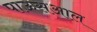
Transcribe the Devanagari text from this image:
पाऊसआल